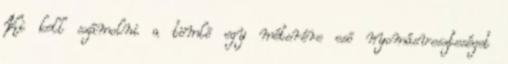
Ki kell számolni a tömlõ egy méterére esõ nyomásveszteséget